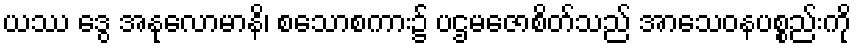
ယဿ ဒွေ အနုလောမာနိ၊ စသောစကား၌ ပဌမဇောစိတ်သည် အာသေဝနပစ္စည်းကို